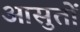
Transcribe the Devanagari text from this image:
आसुतों